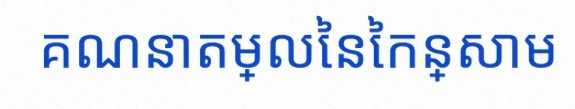
គណនាតម្លៃនៃកន្សោម